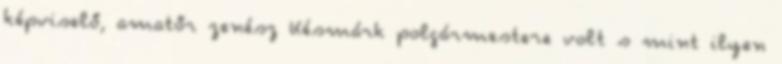
képviselő, amatőr zenész Késmárk polgármestere volt s mint ilyen